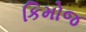
કિમોજ